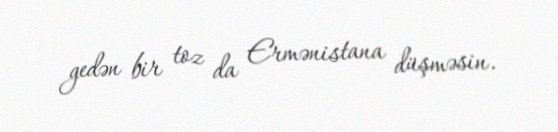
gedən bir toz da Ermənistana düşməsin.